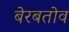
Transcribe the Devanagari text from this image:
बेरबतोव